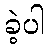
ခဲ့ပါ